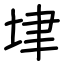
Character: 垏